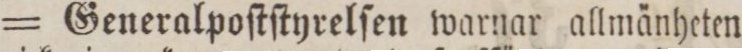
= Generalpoſtſtyrelſen warnar allmänheten